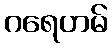
ဂရေဟမ်